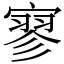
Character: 寥